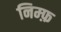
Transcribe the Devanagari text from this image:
निम्फ़